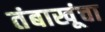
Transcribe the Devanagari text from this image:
तंबाखूंचा